Report on vaccination in Madras 1904-1921 - 1904-1921
Year: 1904
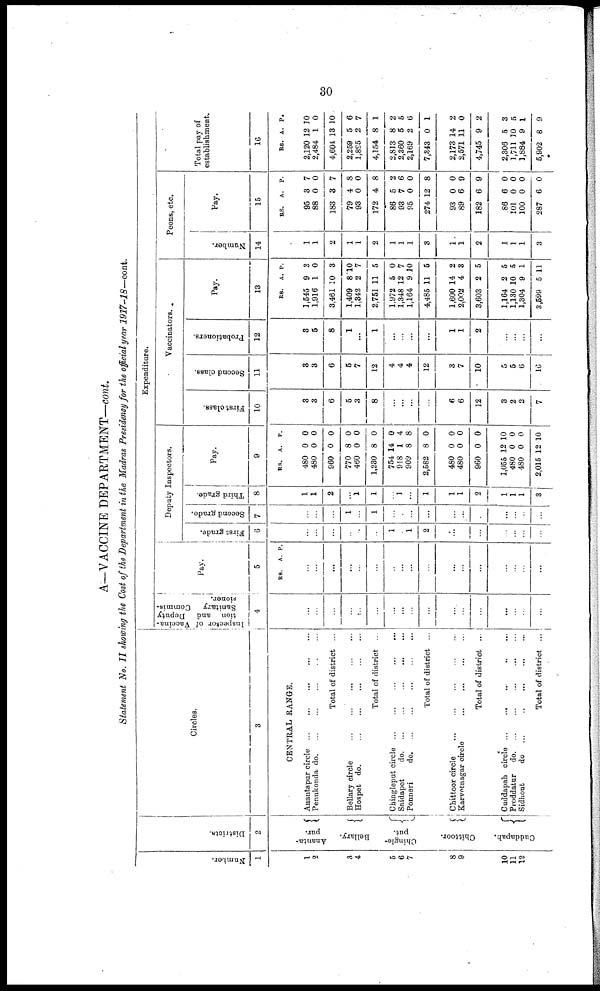
30
A—VACCINE DEPARTMENT—cont.
Statement No. II showing the Cost of the Department in the Madras Presidency for the official year 1917-18—cont.
Number.
1
1
2
3
4
5
6
7
8
9
10
11
12
Districts.
2
Ananta
pur.
Bellary.
Chingle¬
put.
Chittoor.
Cuddapah.
Circles.
3
CENTRAL RANGE.
Anantapur circle ... ... ... ... ...
Penukonda d
o
. ... ... ... ... ...
Total of district ... ... ... ... ...
Bellary circle
...
...
...
...
...
Hospet do.
...
...
...
...
...
Total of district ...
Chingleput circle
...
...
...
...
...
Saidapet
d
o
. ... ... ... ... ...
Ponneri
do.
...
...
...
...
...
Total of district ...
Chittoor circle
...
...
...
...
...
Karvetnagar circle
...
...
...
...
Total of district ...
Cuddapah circle ... ... ... ... ...
Proddatur
do. ... ... ... ... ... ...
Sidhout
do ...
...
...
...
...
Total of district ...
Expenditure.
Inspector of Vaccina-
tion and Deputy
Sanitary Commis¬
sioner.
4
...
...
...
...
...
...
...
...
...
...
...
...
...
...
...
...
...
Pay.
5
RS. A. P.
...
...
...
...
...
...
...
...
...
...
...
...
...
...
...
...
...
Deputy Inspectors.
First grade.
6
...
...
...
...
...
...
1
...
1
2
...
...
...
...
...
...
...
Second grade.
7
...
...
...
1
...
1
...
...
...
...
...
...
...
...
...
...
...
Third grade.
8
1
1
2
...
1
1
...
1
...
1
1
1
2
1
1
1
3
Pay.
9
RS.
480
480
960
770
460
1,230
754
918
909
2,582
480
480
960
1,055
480
480
2,015
A.
0
0
0
8
0
8
14
1
8
8
0
0
0
12
0
0
12
P.
0
0
0
0
0
0
0
4
8
0
0
0
0
10
0
0
10
Vaccinators. .
First class.
10
3
3
6
5
3
8
...
...
...
...
6
6
12
3
2
2
7
Second class.
11
3
3
6
5
7
12
4
4
4
12
3
7
10
5
5
6
16
Probationers.
12
3
5
8
1
...
1
...
...
...
...
1
1
2
...
...
...
...
Pay.
13
RS.
1,545
1,916
3,461
1,409
1,342
2,751
1,972
1,348
1,164
4,485
1,600
2,002
3,603
1,164
1,130
1,304
3,599
A.
9
1
10
8
2
11
5
12
9
11
14
4
2
2
10
9
5
P.
3
0
3
10
7
5
0
7
10
5
2
3
5
5
5
1
11
Peons, etc.
Number.
14
1
1
2
1
1
2
1
1
1
3
1
1
2
1
1
1
3
Pay.
15
RS.
95
88
183
79
93
172
86
93
95
274
93
89
182
86
101
100
287
A.
3
0
3
4
0
4
5
7
0
12
0
6
6
6
0
0
6
P.
7
0
7
8
0
8
2
6
0
8
0
9
9
0
0
0
0
Total pay of
establishment.
16
RS.
2,120
2,484
4,604
2,259
1,895
4,154
2,813
2,360
2,169
7,343
2,173
2,571
4,745
2,306
1,711
1,884
5,902
A.
12
1
13
5
2
8
8
5
2
0
14
11
9
5
30
9
8
P.
10
0
10
6
7
1
2
5
6
1
2
0
2
3
5
1
9